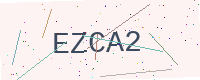
Text: EZCA2